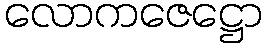
လောကဇေဋ္ဌော